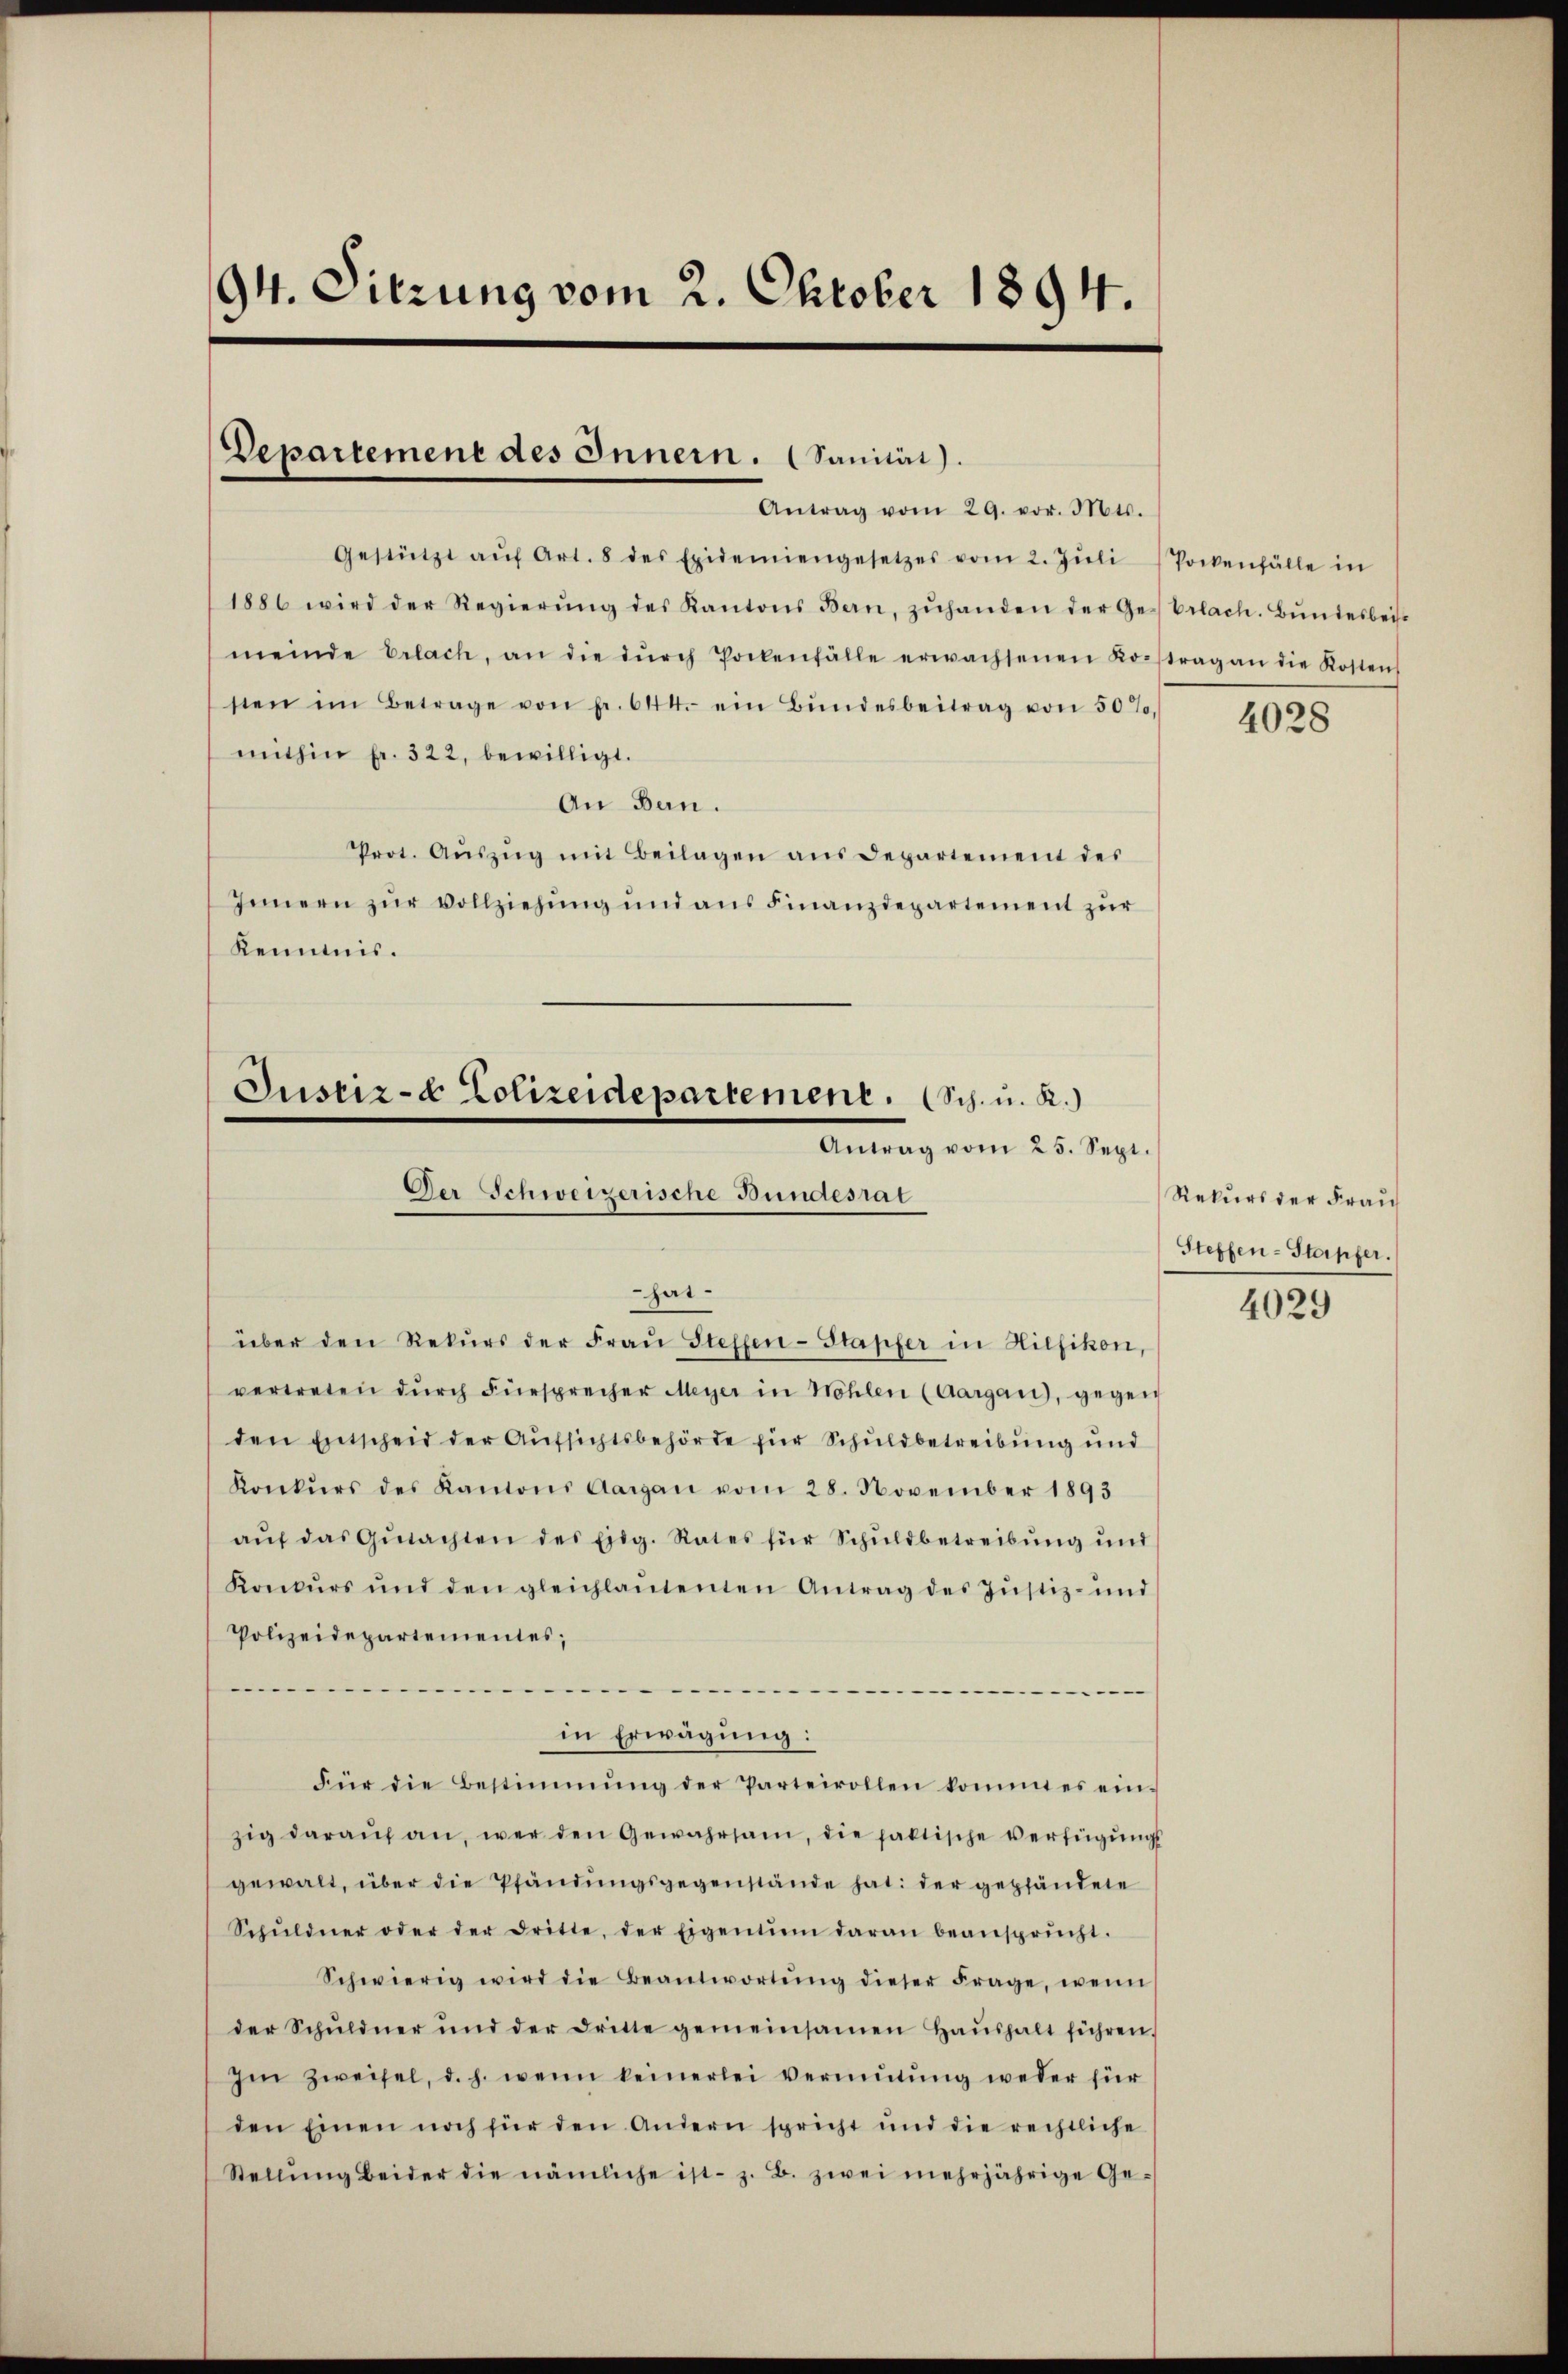
Gestützt aŭf Art. 8 des Exidemiengesetzes vom 2. Jŭli Pockenfälle in
1886 wird der Regierŭng des Kantons Bern, zŭhanden der Ge-Erlach. Bŭndesbeit
meinde Erlach, an die dŭrch Pockenfälle erwachsenen Kontrag an die Kosten
sten im Betrage von fr. 644. ein Bŭndesbeitrag von 50%.
mithin fr. 322, bewilligt.
An Bau.
Prot. Aŭszŭg mit Beilagen ans Departement des
Innern zŭr Vollziehŭng und ans Finanzdepartement zŭr
Kennnis.

94. Sitzung vom 2. Oktober 1894.

Departement des Innern. (Sanität).
Antrag vom 29. vor. Mts.

Justiz- & Polizeidepartement. (Sch. u. R.)
Antrag vom 25. Sept.
Der Schweizerische Bundesrat
hat¬

über den Rekŭrs der Frau Steffen-Stapfer in Hilfikon,
vertreten dŭrch Fürsprecher Meyer in Höhlen (Aargau), gegen
den Entscheid der Aufsichtsbehörde für Schuldbetreibung und
Konkŭrs des Kantons Aargau vom 28. November 1893
aŭf das Gŭtachten des Eidg. Rates für Schŭldbetreibŭng ŭnd
Konkŭrs und den gleichlaŭtenten Antrag des Jŭstiz- und
Polizeidepartementes;
.
—
in Erwägung:
Für die Bestimmung der Parteivollen kommt es ein-
zig darauf an, wer den Gewahrsam, die faktische Verfügungs
gewalt, über die Pfändŭngsgegenstände hat: der gepfändete
Schŭldner oder der dritte, der Eigentum daran beansprücht.
Schwierig wird die Beantwortŭng dieser Frage, wenn
der Schuldner und der dritte gemeinsamen Haŭshalt führen.
Im Zweifel, d. h. wenn keinerlei vermŭtŭng weder für
den Einen noch für den Andern spricht und die rechtliche
Stellŭng beider die nämliche ist z. B. zwei mehrjährige Ge-

4028

Rekurs der Frau
Treffen-Stapfer.

4029